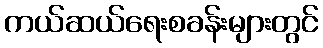
ကယ်ဆယ်ရေးစခန်းများတွင်